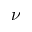
\nu